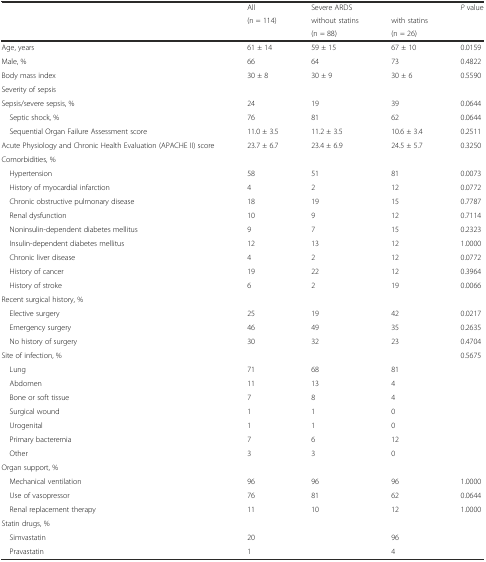
<table><thead><tr><td rowspan="3"></td><td><b>All</b></td><td colspan="2"><b>Severe ARDS</b></td><td rowspan="3"><b><i>P</i> value</b></td></tr><tr><td rowspan="2"><b>(n = 114)</b></td><td><b>without statins</b></td><td><b>with statins</b></td></tr><tr><td><b>(n = 88)</b></td><td><b>(n = 26)</b></td></tr></thead><tbody><tr><td>Age, years</td><td>61 ± 14</td><td>59 ± 15</td><td>67 ± 10</td><td>0.0159</td></tr><tr><td>Male, %</td><td>66</td><td>64</td><td>73</td><td>0.4822</td></tr><tr><td>Body mass index</td><td>30 ± 8</td><td>30 ± 9</td><td>30 ± 6</td><td>0.5590</td></tr><tr><td>Severity of sepsis</td><td></td><td></td><td></td><td></td></tr><tr><td>Sepsis/severe sepsis, %</td><td>24</td><td>19</td><td>39</td><td>0.0644</td></tr><tr><td> Septic shock, %</td><td>76</td><td>81</td><td>62</td><td>0.0644</td></tr><tr><td> Sequential Organ Failure Assessment score</td><td>11.0 ± 3.5</td><td>11.2 ± 3.5</td><td>10.6 ± 3.4</td><td>0.2511</td></tr><tr><td>Acute Physiology and Chronic Health Evaluation (APACHE II) score</td><td>23.7 ± 6.7</td><td>23.4 ± 6.9</td><td>24.5 ± 5.7</td><td>0.3250</td></tr><tr><td>Comorbidities, %</td><td></td><td></td><td></td><td></td></tr><tr><td> Hypertension</td><td>58</td><td>51</td><td>81</td><td>0.0073</td></tr><tr><td> History of myocardial infarction</td><td>4</td><td>2</td><td>12</td><td>0.0772</td></tr><tr><td> Chronic obstructive pulmonary disease</td><td>18</td><td>19</td><td>15</td><td>0.7787</td></tr><tr><td> Renal dysfunction</td><td>10</td><td>9</td><td>12</td><td>0.7114</td></tr><tr><td> Noninsulin-dependent diabetes mellitus</td><td>9</td><td>7</td><td>15</td><td>0.2323</td></tr><tr><td> Insulin-dependent diabetes mellitus</td><td>12</td><td>13</td><td>12</td><td>1.0000</td></tr><tr><td> Chronic liver disease</td><td>4</td><td>2</td><td>12</td><td>0.0772</td></tr><tr><td> History of cancer</td><td>19</td><td>22</td><td>12</td><td>0.3964</td></tr><tr><td> History of stroke</td><td>6</td><td>2</td><td>19</td><td>0.0066</td></tr><tr><td>Recent surgical history, %</td><td></td><td></td><td></td><td></td></tr><tr><td> Elective surgery</td><td>25</td><td>19</td><td>42</td><td>0.0217</td></tr><tr><td> Emergency surgery</td><td>46</td><td>49</td><td>35</td><td>0.2635</td></tr><tr><td> No history of surgery</td><td>30</td><td>32</td><td>23</td><td>0.4704</td></tr><tr><td>Site of infection, %</td><td></td><td></td><td></td><td>0.5675</td></tr><tr><td> Lung</td><td>71</td><td>68</td><td>81</td><td></td></tr><tr><td> Abdomen</td><td>11</td><td>13</td><td>4</td><td></td></tr><tr><td> Bone or soft tissue</td><td>7</td><td>8</td><td>4</td><td></td></tr><tr><td> Surgical wound</td><td>1</td><td>1</td><td>0</td><td></td></tr><tr><td> Urogenital</td><td>1</td><td>1</td><td>0</td><td></td></tr><tr><td> Primary bacteremia</td><td>7</td><td>6</td><td>12</td><td></td></tr><tr><td> Other</td><td>3</td><td>3</td><td>0</td><td></td></tr><tr><td>Organ support, %</td><td></td><td></td><td></td><td></td></tr><tr><td> Mechanical ventilation</td><td>96</td><td>96</td><td>96</td><td>1.0000</td></tr><tr><td> Use of vasopressor</td><td>76</td><td>81</td><td>62</td><td>0.0644</td></tr><tr><td> Renal replacement therapy</td><td>11</td><td>10</td><td>12</td><td>1.0000</td></tr><tr><td>Statin drugs, %</td><td></td><td></td><td></td><td></td></tr><tr><td> Simvastatin</td><td>20</td><td></td><td>96</td><td></td></tr><tr><td> Pravastatin</td><td>1</td><td></td><td>4</td><td></td></tr></tbody></table>